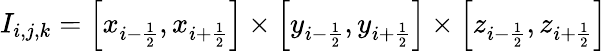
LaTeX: I_{i,j,k}=\left[x_{i-\frac{1}{2}},x_{i+\frac{1}{2}}\right]\times\left[y_{i-\frac{1}{2}},y_{i+\frac{1}{2}}\right]\times\left[z_{i-\frac{1}{2}},z_{i+\frac{1}{2}}\right]